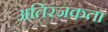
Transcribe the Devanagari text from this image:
अतिरंजकता